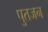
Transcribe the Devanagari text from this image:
पुतजन